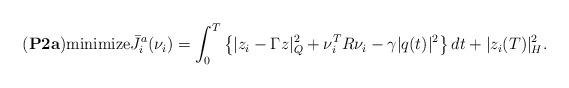
LaTeX: \begin{align*}{\bf (P2a)} {\rm minimize} \bar J_i^a (\nu_i) =\int_0^T \left\{| z_i - \Gamma z|_Q^2 +\nu_i^TR\nu_i -\gamma | q(t)|^2\right\} dt + | z_i(T)|_H^2.\end{align*}